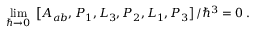
\operatorname * { l i m } _ { \hbar \rightarrow 0 } \; \left[ A _ { a b } , P _ { 1 } , L _ { 3 } , P _ { 2 } , L _ { 1 } , P _ { 3 } \right] / \hbar ^ { 3 } = 0 \; .